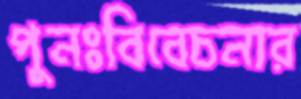
পুনঃবিবেচনার